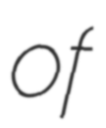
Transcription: of